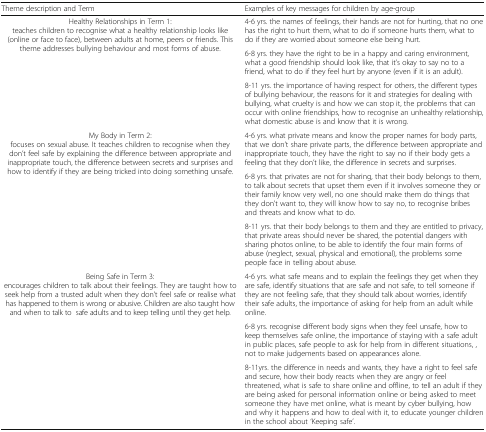
<table><thead><tr><td><b>Theme description and Term</b></td><td><b>Examples of key messages for children by age-group</b></td></tr></thead><tbody><tr><td rowspan="3">Healthy Relationships in Term 1:teaches children to recognise what a healthy relationship looks like (online or face to face), between adults at home, peers or friends. This theme addresses bullying behaviour and most forms of abuse.</td><td>4-6 yrs. the names of feelings, their hands are not for hurting, that no one has the right to hurt them, what to do if someone hurts them, what to do if they are worried about someone else being hurt.</td></tr><tr><td>6-8 yrs. they have the right to be in a happy and caring environment, what a good friendship should look like, that it’s okay to say no to a friend, what to do if they feel hurt by anyone (even if it is an adult).</td></tr><tr><td>8-11 yrs. the importance of having respect for others, the different types of bullying behaviour, the reasons for it and strategies for dealing with bullying, what cruelty is and how we can stop it, the problems that can occur with online friendships, how to recognise an unhealthy relationship, what domestic abuse is and know that it is wrong.</td></tr><tr><td rowspan="3">My Body in Term 2:focuses on sexual abuse. It teaches children to recognise when they don’t feel safe by explaining the difference between appropriate and inappropriate touch, the difference between secrets and surprises and how to identify if they are being tricked into doing something unsafe.</td><td>4-6 yrs. what private means and know the proper names for body parts, that we don’t share private parts, the difference between appropriate and inappropriate touch, they have the right to say no if their body gets a feeling that they don’t like, the difference in secrets and surprises.</td></tr><tr><td>6-8 yrs. that privates are not for sharing, that their body belongs to them, to talk about secrets that upset them even if it involves someone they or their family know very well, no one should make them do things that they don’t want to, they will know how to say no, to recognise bribes and threats and know what to do.</td></tr><tr><td>8-11 yrs. that their body belongs to them and they are entitled to privacy, that private areas should never be shared, the potential dangers with sharing photos online, to be able to identify the four main forms of abuse (neglect, sexual, physical and emotional), the problems some people face in telling about abuse.</td></tr><tr><td rowspan="3">Being Safe in Term 3:encourages children to talk about their feelings. They are taught how to seek help from a trusted adult when they don’t feel safe or realise what has happened to them is wrong or abusive. Children are also taught how and when to talk to safe adults and to keep telling until they get help.</td><td>4-6 yrs. what safe means and to explain the feelings they get when they are safe, identify situations that are safe and not safe, to tell someone if they are not feeling safe, that they should talk about worries, identify their safe adults, the importance of asking for help from an adult while online.</td></tr><tr><td>6-8 yrs. recognise different body signs when they feel unsafe, how to keep themselves safe online, the importance of staying with a safe adult in public places, safe people to ask for help from in different situations, , not to make judgements based on appearances alone.</td></tr><tr><td>8-11yrs. the difference in needs and wants, they have a right to feel safe and secure, how their body reacts when they are angry or feel threatened, what is safe to share online and offline, to tell an adult if they are being asked for personal information online or being asked to meet someone they have met online, what is meant by cyber bullying, how and why it happens and how to deal with it, to educate younger children in the school about ‘Keeping safe’.</td></tr></tbody></table>